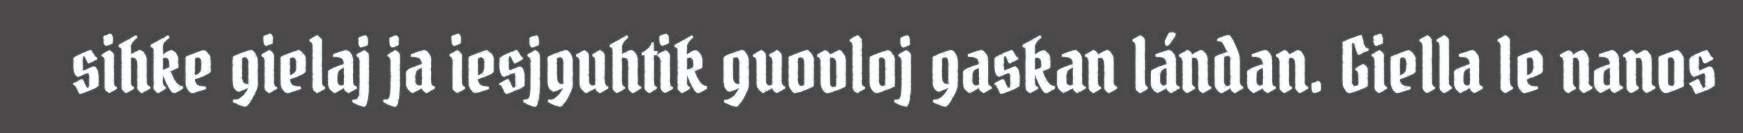
sihke gielaj ja iesjguhtik guovloj gaskan lándan. Giella le nanos